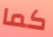
كما